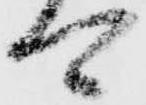
卿